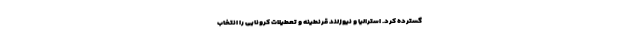
گسترده کرد. استرالیا و نیوزلند قرنطینه و تعطیلات کرونایی را انتخاب